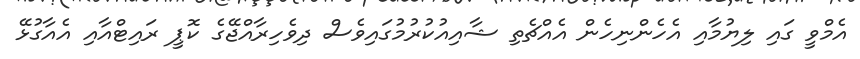
އެމްވީ ގައި ލިޔުމާއި އެހެންނިހެން އެއްޗެތި ޝާއިއުކުރުމުގައިވެސް ދިވެހިރާއްޖޭގެ ކޮޕީ ރައިޓްއާއި އެއާގުޅޭ